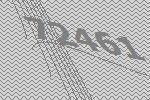
72461